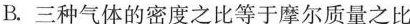
B.三种气体的密度之比等于摩尔质量之比